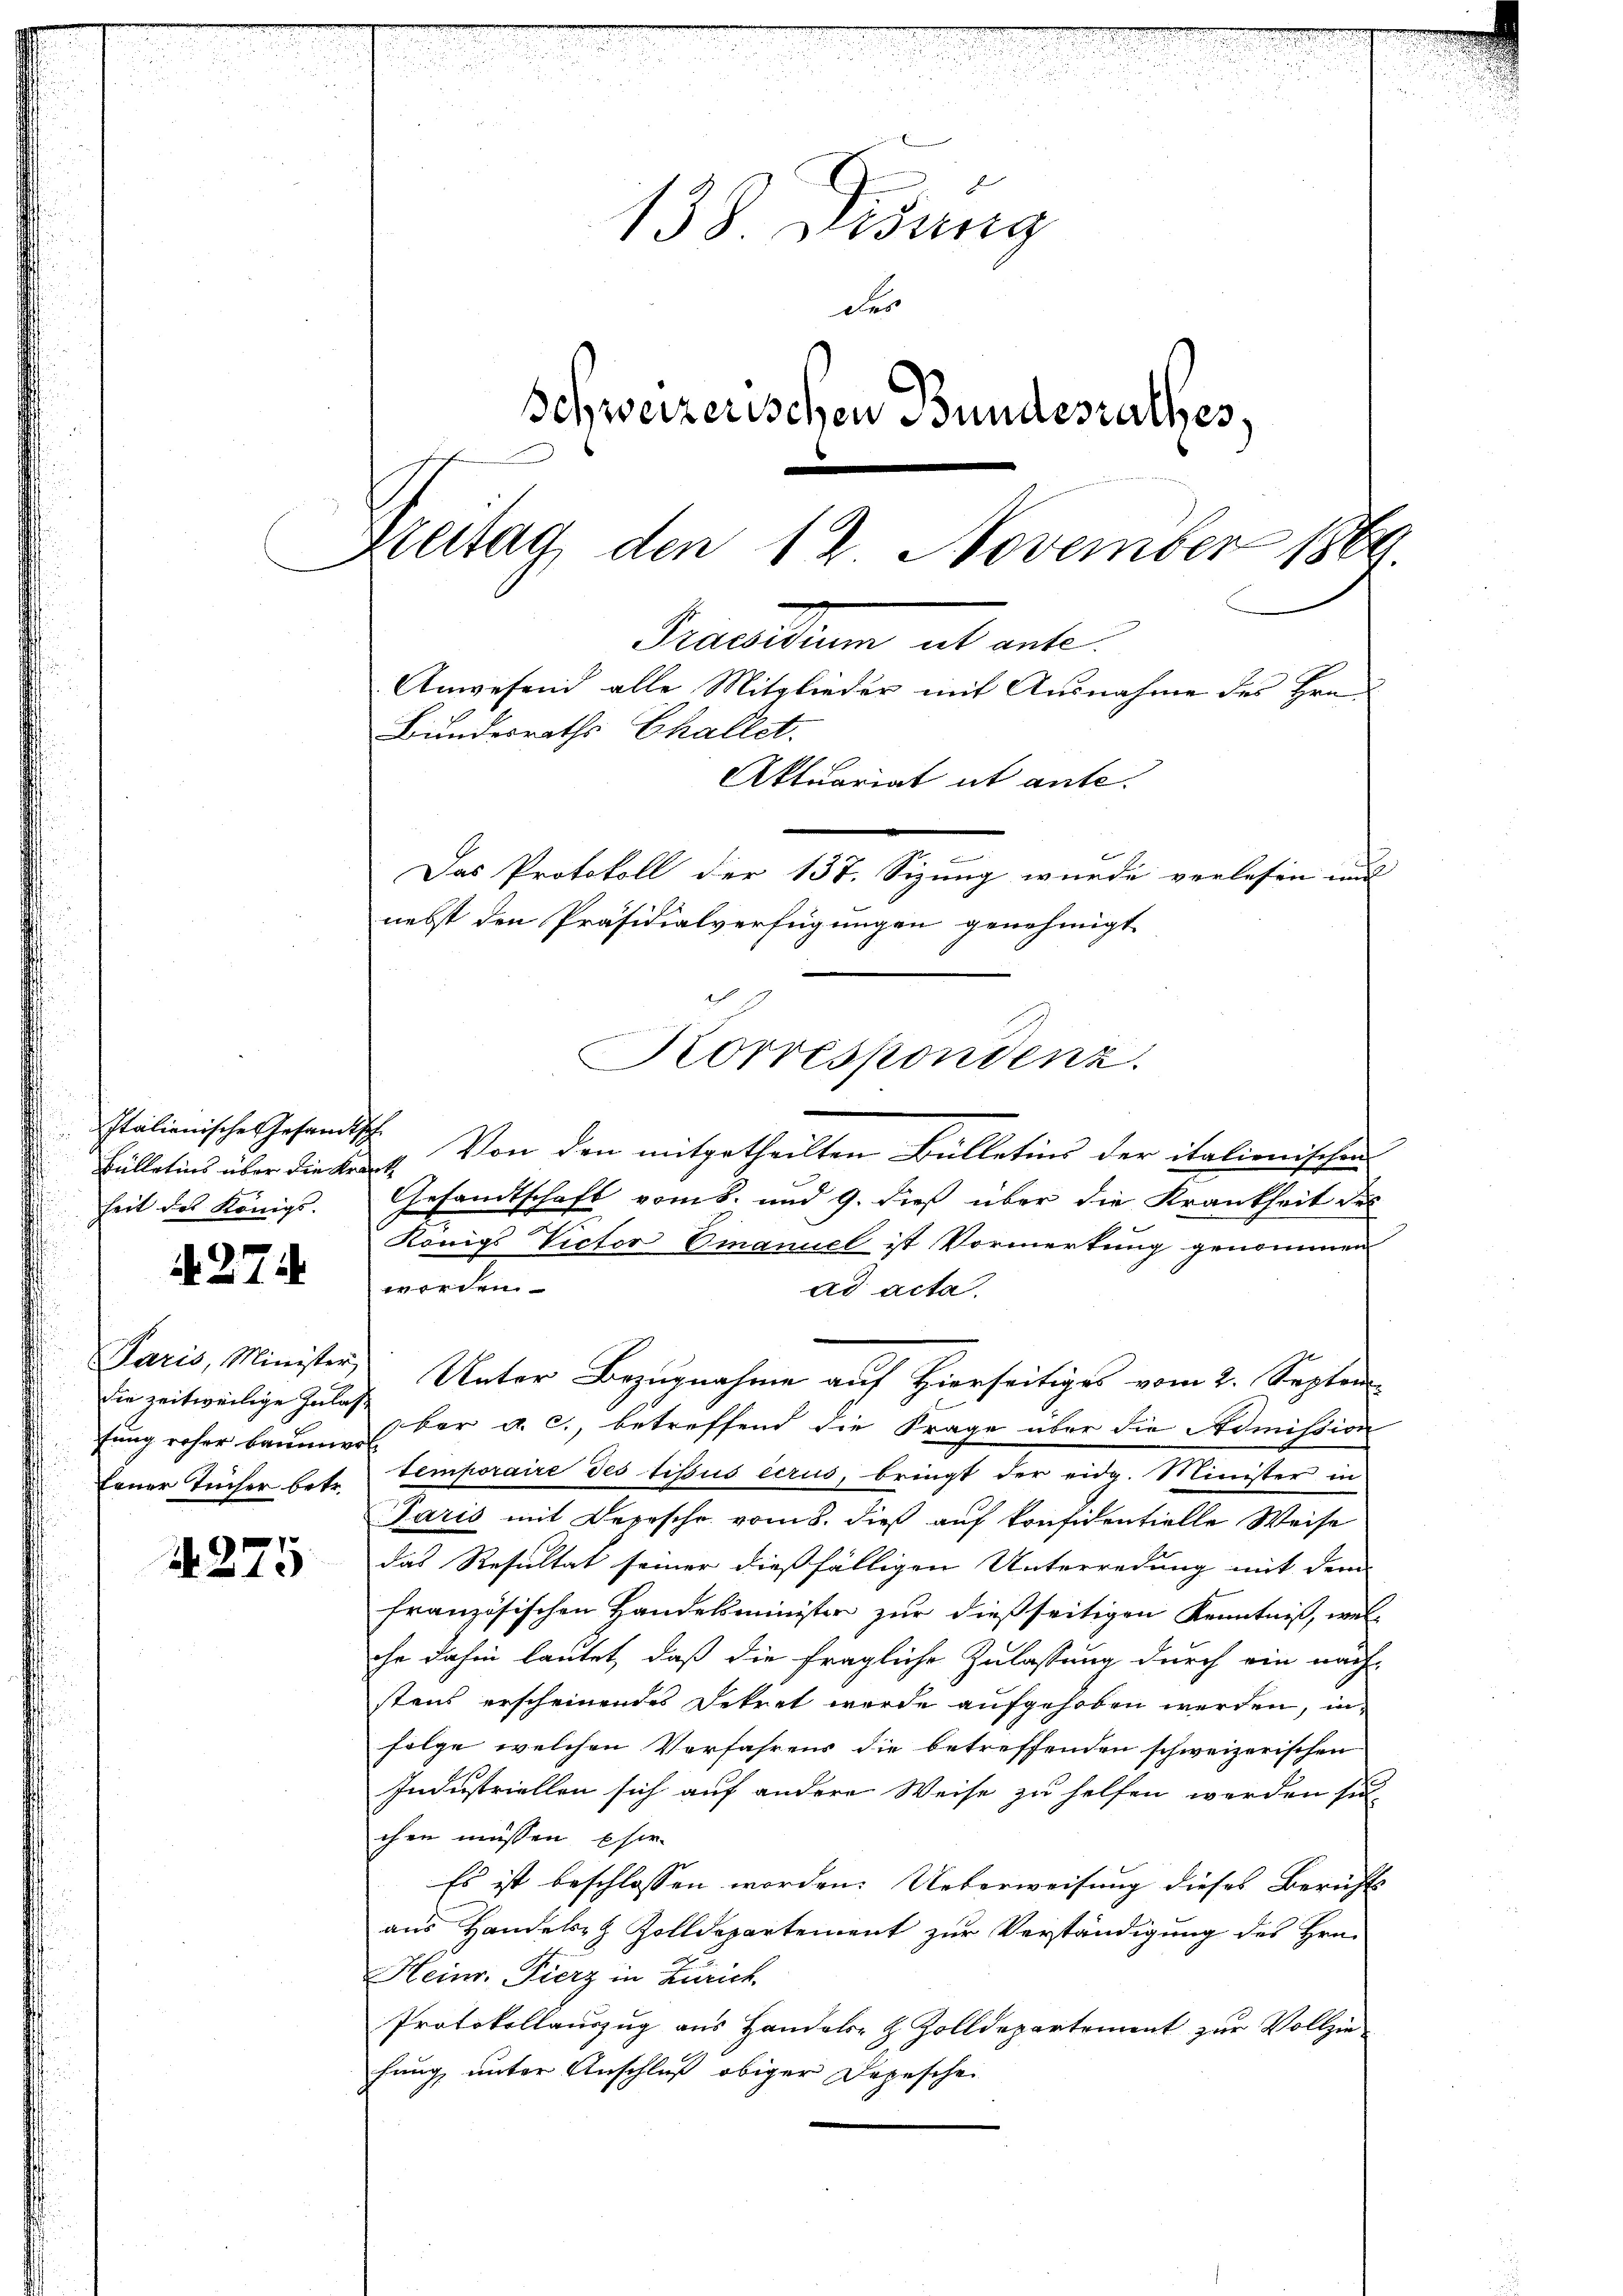
Italienische Gesandtsch
heit des Königl.

N. 27

die zeitweilige Zulasfung roher Baumwol
Erner Tücher betr.

4275

e
n
n
e
e
n

d
.
2
n
138. Didung
des
Schweizerischen Bundesrathes,
Zeitag den 12. November 1869.
racarium und ente
Anwesend alle Mitglieder mit Ausnahme des Hrn.
Bundesraths Challet.
Aktuariat ut ante.
Das Protokoll der 137. Sizung wurde verlesen und
nebst den Präsidialverfügungen genehmigt

Korrespondenz.

Fülletins über die den 4. Von den mitgetheilten Bülletins der italienischen
Gesandtschaft vom 8. und 9. dieß über die Krankheit des
Königs Victor Emanuel ist Vormerkung genommen
worden
ad acta.
ber a. c., betreffend die Frage über die Admission
temporaire des tissus écrus, bringt der eidg. Minister in
Paris mit Depesche vom 8. dieß auf Präsidentielle Weise
das Resultat seiner dießfälligen Unterredung mit dem
französischen Handelsminister zur dießseitigen Kenntniß, wel-
che dahin lautet, daß die fragliche Zulassung durch ein nach-
stens erscheinendes Dekret werde aufgehoben werden, infolge welchen Verfahrens die betreffenden schweizerischen
Industriellen sich auf andere Weise zu helfen werden sich
chen müssen Eher
Es ist beschlossen worden. Ueberweisung dieses Berichts
aus Handels- & Zolldepartement zur Verständigung des Hrn.
Heinr. Fierz in Zürich
Protokollauszug aus Handels- & Zolldepartement zur Vollzie
hung unter Anschluß obiger Depeschen

Paris, Minister Unter Bezugnahme auf Hierseitiges vom 2. Septem